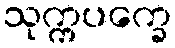
သုက္ကပက္ခေ